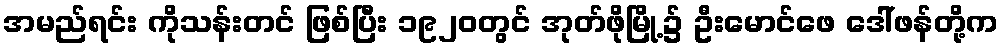
အမည်ရင်း ကိုသန်းတင် ဖြစ်ပြီး ၁၉၂၀တွင် အုတ်ဖိုမြို့၌ ဦးမောင်ဖေ ဒေါ်ဖန်တို့က